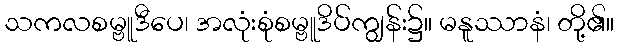
သကလစမ္ဗူဒီပေ၊ အလုံးစုံစမ္ဗူဒိပ်ကျွန်း၌။ မနူဿာနံ၊ တို့၏။